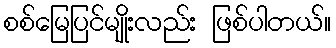
စစ်မြေပြင်မျိုးလည်း ဖြစ်ပါတယ်။